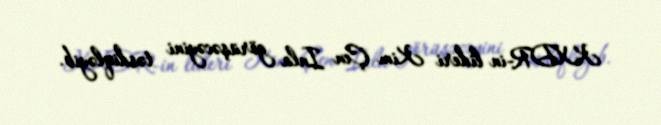
KXDR-in lideri Kim Çen Inla görüşəcəyini təsdiqləyib.